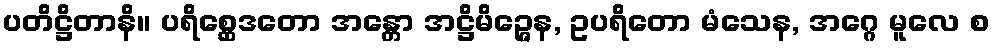
ပတိဋ္ဌိတာနိ။ ပရိစ္ဆေဒတော အန္တော အဋ္ဌိမိဉ္ဇေန, ဥပရိတော မံသေန, အဂ္ဂေ မူလေ စ